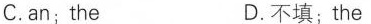
C.an; the D.不填;the